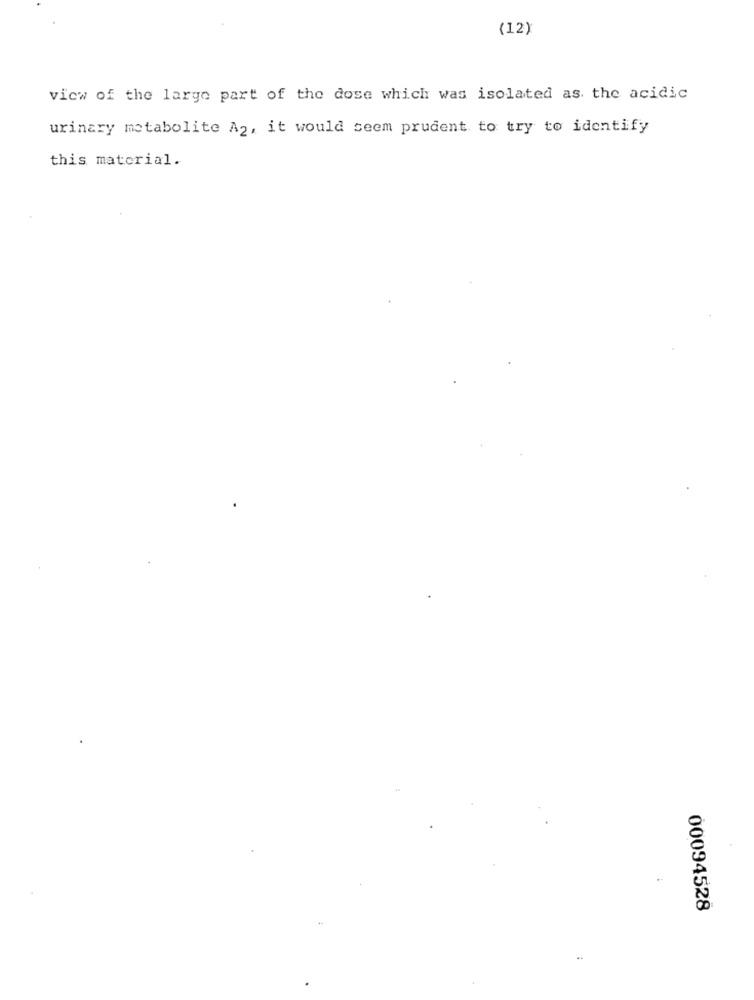
(12)
view of the large part of the dose which was isolated as the acidic
urinary metabolite A2, it would seem prudent to try to identify
this material.
00094528